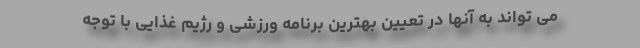
می تواند به آنها در تعیین بهترین برنامه ورزشی و رژیم غذایی با توجه